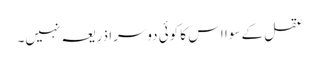
عقل کے سوا اس کا کوئی دوسرا ذریعہ نہیں۔